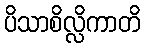
ပိသာစိလ္လိကာတိ